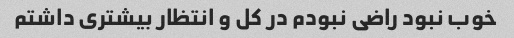
خوب نبود راضی نبودم در کل و انتظار بیشتری داشتم